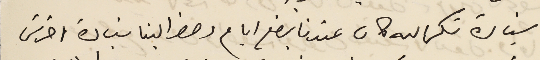
سيادة شكرالله كان عندنا بضع ايام وحضر الينا سَيادة اخرس